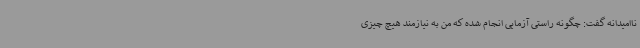
ناامیدانه گفت: چگونه راستی آزمایی انجام شده که من به نیازمند هیچ چیزی